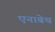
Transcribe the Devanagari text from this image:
एनाबेथ